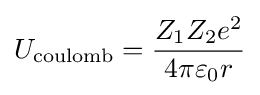
U_{\text{coulomb}}={{Z_{1}Z_{2}e^{2}} \over 4\pi \varepsilon _{0}r}